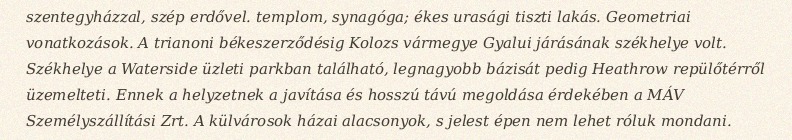
szentegyházzal, szép erdővel. templom, synagóga; ékes urasági tiszti lakás. Geometriai vonatkozások. A trianoni békeszerződésig Kolozs vármegye Gyalui járásának székhelye volt. Székhelye a Waterside üzleti parkban található, legnagyobb bázisát pedig Heathrow repülőtérről üzemelteti. Ennek a helyzetnek a javítása és hosszú távú megoldása érdekében a MÁV Személyszállítási Zrt. A külvárosok házai alacsonyok, s jelest épen nem lehet róluk mondani.